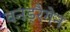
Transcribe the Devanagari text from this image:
वनड्रैगेन